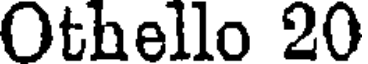
Othello 20